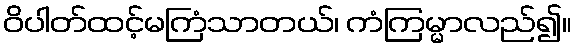
ဝိပါတ်ထင့်မကြံသာတယ်၊ ကံကြမ္မာလည်၍။